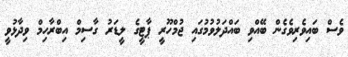
ވެސް ބައިވެރިވެގެން ބޭއްވި ބައްދަލުވުމުގައި ޖުމްހޫރީ ޕާޓީގެ ލީޑަރު ގާސިމް އިބްރާހިމް ވިދާޅުވީ